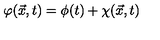
{ \varphi } ( \vec { x } , t ) = { \phi } ( t ) + { \chi } ( \vec { x } , t )